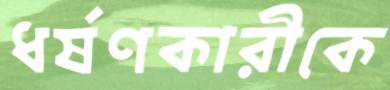
ধর্ষণকারীকে